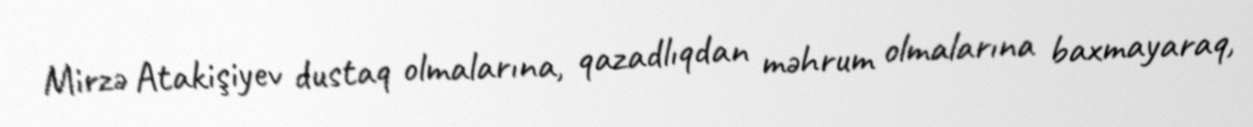
Mirzə Atakişiyev dustaq olmalarına, qazadlıqdan məhrum olmalarına baxmayaraq,